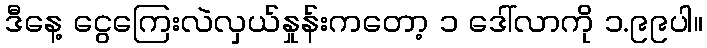
ဒီနေ့ ငွေကြေးလဲလှယ်နှုန်းကတော့ ၁ ဒေါ်လာကို ၁.၉၉ပါ။